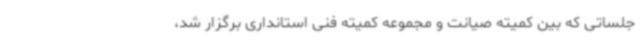
جلساتی که بین کمیته صیانت و مجموعه کمیته فنی استانداری برگزار شد،